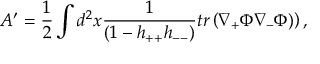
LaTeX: A ^ { \prime } = \frac { 1 } { 2 } \int d ^ { 2 } x \frac { 1 } { ( 1 - h _ { + + } h _ { -- } ) } t r \left( \nabla _ { + } \Phi \nabla _ { - } \Phi ) \right) ,